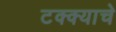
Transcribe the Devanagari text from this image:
टक्क्याचे